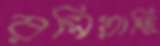
রসিয়াছি